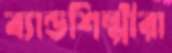
ব্যান্ডশিল্পীরা